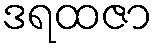
ဒရထဇာ